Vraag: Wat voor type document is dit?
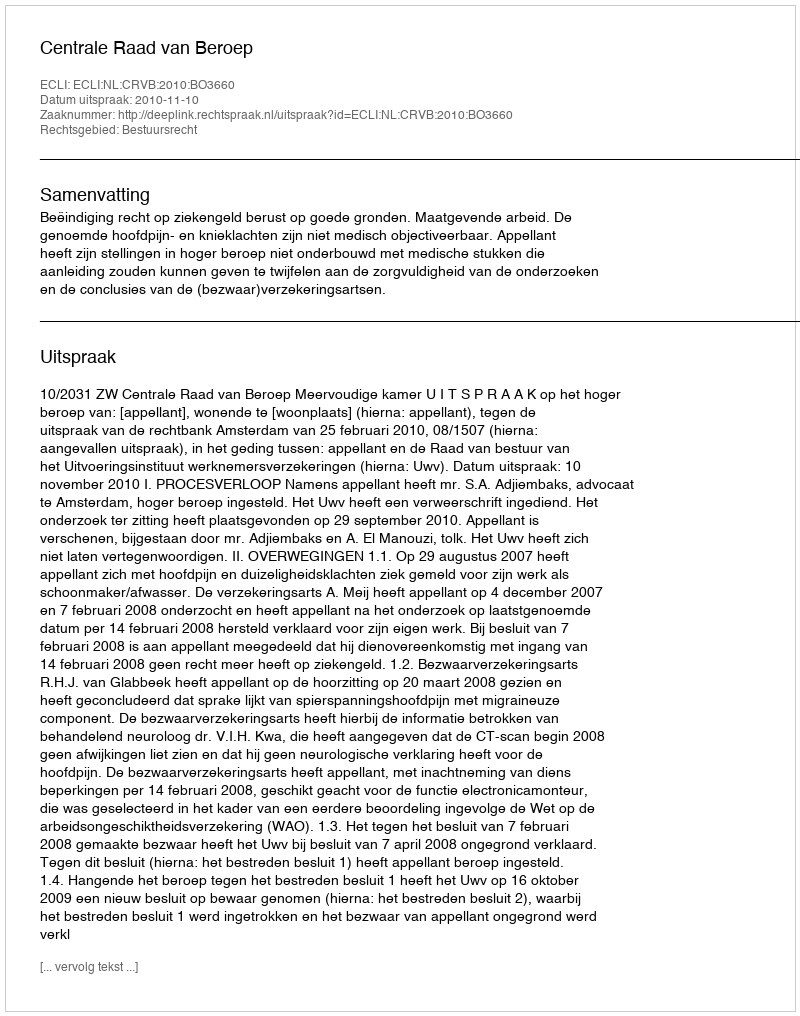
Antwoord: Uitspraak